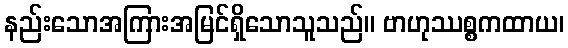
နည်းသောအကြားအမြင်ရှိသောသူသည်။ ဗာဟုဿစ္စကထာယ၊